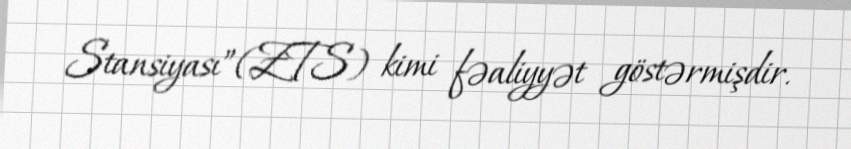
Stansiyası”(ZTS) kimi fəaliyyət göstərmişdir.